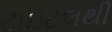
ટાઇટલથી